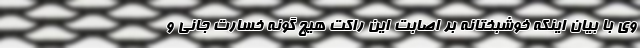
وی با بیان اینکه خوشبختانه بر اصابت این راکت هیچ گونه خسارت جانی و